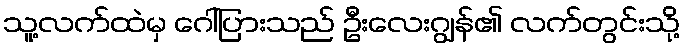
သူ့လက်ထဲမှ ဂေါ်ပြားသည် ဦးလေးဂျွန်၏ လက်တွင်းသို့